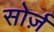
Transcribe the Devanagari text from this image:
सोर्ज़